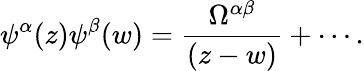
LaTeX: \psi^{\alpha}(z)\psi^{\beta}(w)=\frac{\Omega^{\alpha\beta}}{(z-w)}+\cdots.